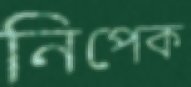
নিপেক